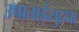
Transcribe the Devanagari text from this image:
उषाताईसुद्धा